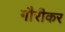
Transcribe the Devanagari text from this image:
गौरीकर